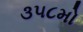
૩૫૮મો